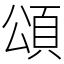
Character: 頌